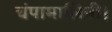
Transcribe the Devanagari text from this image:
चंपामालिनी।